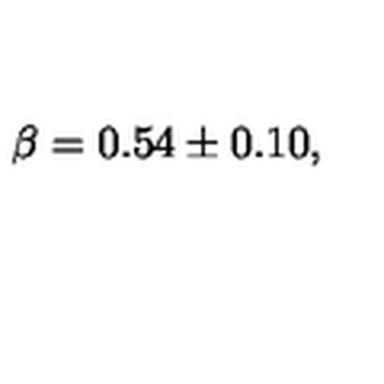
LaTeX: \beta = 0 . 5 4 \pm 0 . 1 0 , \,